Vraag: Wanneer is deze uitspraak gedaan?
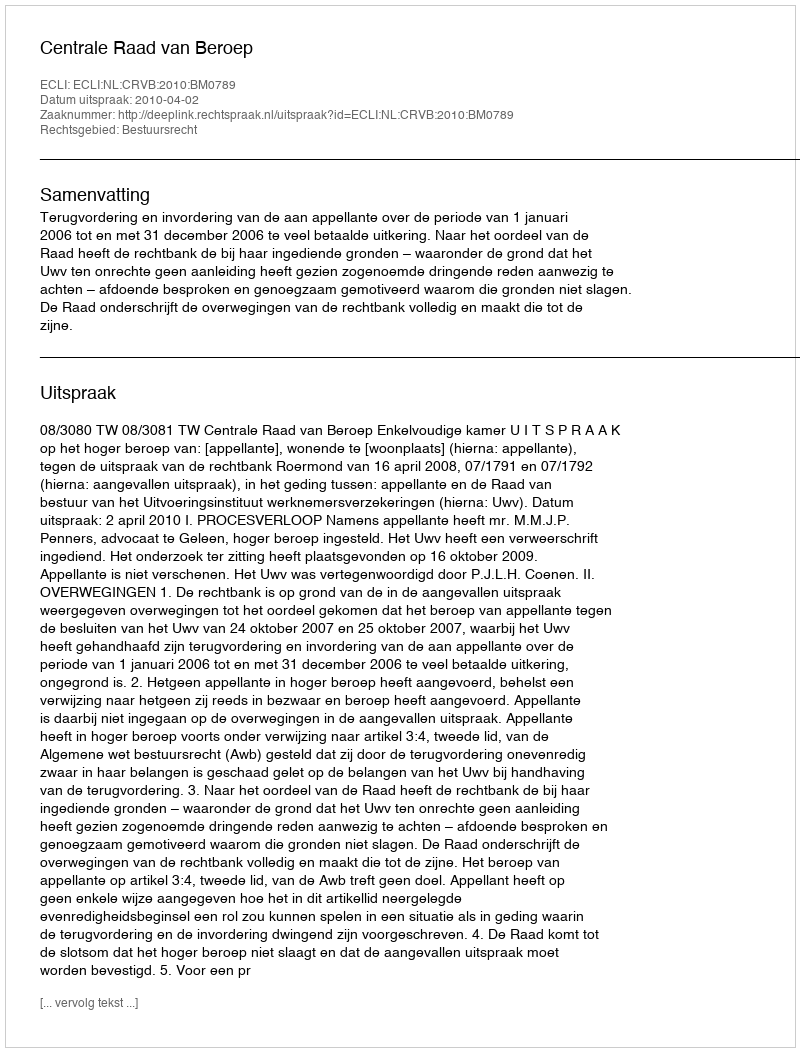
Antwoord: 2010-04-02